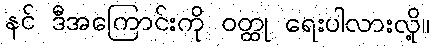
နင် ဒီအကြောင်းကို ဝတ္ထု ရေးပါလားလို့။